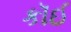
કૉઈ